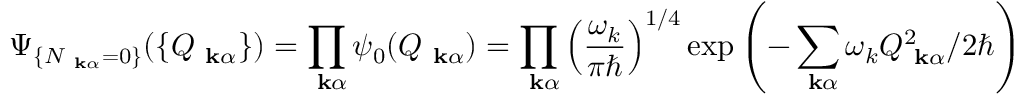
\Psi _ { \{ N _ { \mathrm { \bf ~ k } \alpha } = 0 \} } ( \{ Q _ { \mathrm { \bf ~ k } \alpha } \} ) = \prod _ { \mathrm { \bf ~ k } \alpha } \psi _ { 0 } ( Q _ { \mathrm { \bf ~ k } \alpha } ) = \prod _ { \mathrm { \bf ~ k } \alpha } \left( \frac { \omega _ { k } } { \pi \hbar } \right) ^ { 1 / 4 } \exp \left( - \sum _ { \mathrm { \bf ~ k } \alpha } \omega _ { k } Q _ { \mathrm { \bf ~ k } \alpha } ^ { 2 } / 2 \hbar \right)